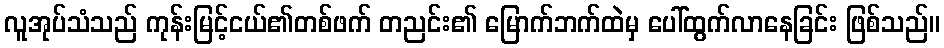
လူအုပ်သံသည် ကုန်းမြင့်ငယ်၏တစ်ဖက် တညင်း၏ မြောက်ဘက်ထဲမှ ပေါ်ထွက်လာနေခြင်း ဖြစ်သည်။